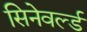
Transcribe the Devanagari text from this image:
सिनेवर्ल्ड